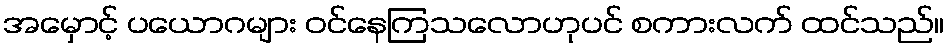
အမှောင့် ပယောဂများ ဝင်နေကြသလောဟုပင် စကားလက် ထင်သည်။